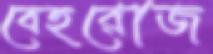
বেহরোজ